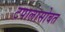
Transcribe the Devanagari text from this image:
टपालासोबत